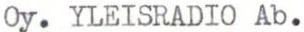
Oy. YLEISRADIO Ab.